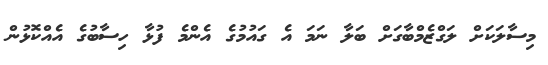
މިސާލަކަށް ލަގްޒެމްބާގަށް ބަލާ ނަމަ އެ ގައުމުގެ އެންމެ ފުޅާ ހިސާބުގެ އެއްކޮޅުން